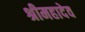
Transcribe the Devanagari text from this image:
श्रीमहादेव